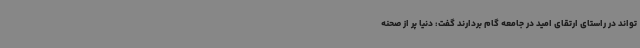
تواند در راستای ارتقای امید در جامعه گام بردارند گفت: دنیا پر از صحنه